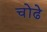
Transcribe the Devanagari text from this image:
चोंढे